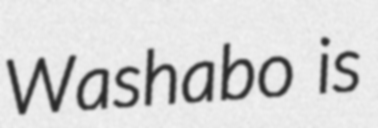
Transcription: Washabo is